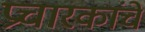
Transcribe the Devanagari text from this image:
प्रचारकांचे